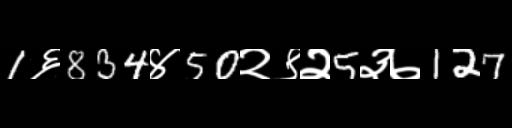
Text: 1६834४50२९२5३७127